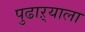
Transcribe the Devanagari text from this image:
पुढाऱ्याला